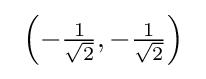
\ \left(-{\tfrac {1}{\sqrt {2}}},-{\tfrac {1}{\sqrt {2}}}\right)~